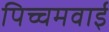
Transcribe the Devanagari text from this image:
पिच्चमवाई